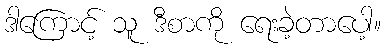
ဒါကြောင့် သူ ဒီစာကို ရေးခဲ့တာပေါ့။